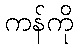
ကန်ကို